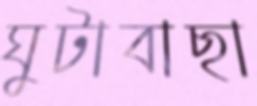
ঘুটাবাছা